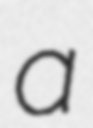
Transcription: a